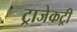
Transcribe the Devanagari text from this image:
ट्राजेकट्री